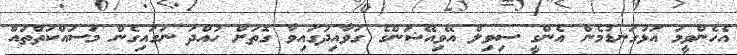
އެހެންވީމަ އަޅުގަނޑުމެން އެންގީ ސިވިލް އޭވިއޭޝަންގެ ގަވާއިދުގައިވާ ގޮތަށް ހުއްދަ ނަގައިގެން މަސައްކަތްތައް